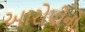
આરોપીનો